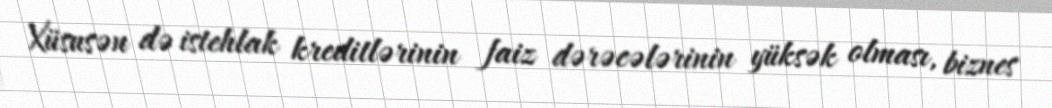
Xüsusən də istehlak kreditlərinin faiz dərəcələrinin yüksək olması, biznes